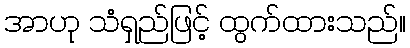
အာဟု သံရှည်ဖြင့် ထွက်ထားသည်။